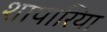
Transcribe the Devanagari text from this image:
शापारिया